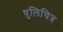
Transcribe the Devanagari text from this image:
धुलिचित्र